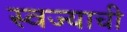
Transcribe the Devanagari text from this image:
स्वज्याची